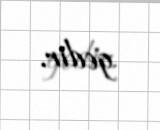
gedir.